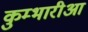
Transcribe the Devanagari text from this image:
कुम्भारीआ